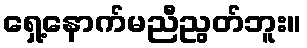
ရှေ့နောက်မညီညွတ်ဘူး။